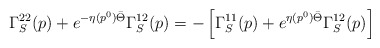
\begin{align*}\Gamma_S^{22}(p)+e^{-\eta(p^0)\bar{\Theta}}\Gamma_S^{12}(p)=-\left[\Gamma_S^{11}(p)+e^{\eta(p^0)\bar{\Theta}}\Gamma_S^{12}(p)\right]\end{align*}